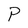
Character: P